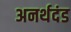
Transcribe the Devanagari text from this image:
अनर्थदंड